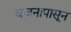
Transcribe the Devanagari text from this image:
वजनापासून